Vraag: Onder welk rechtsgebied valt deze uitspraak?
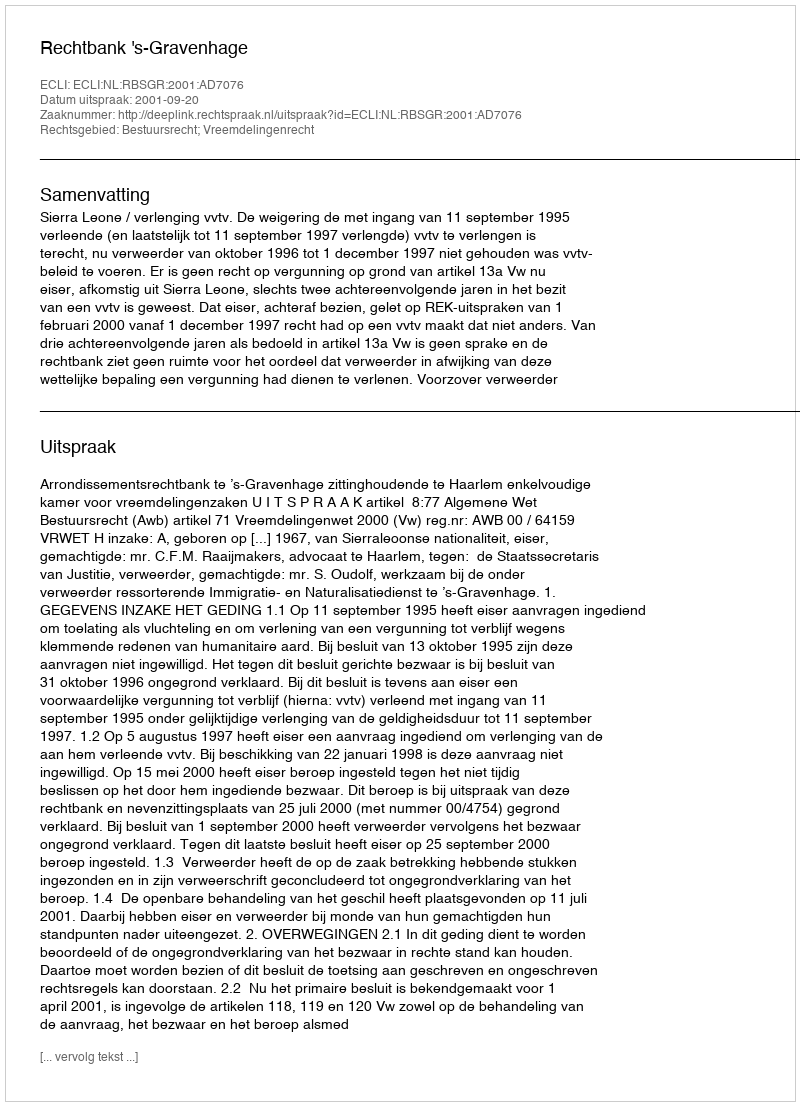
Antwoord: Bestuursrecht; Vreemdelingenrecht